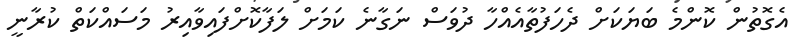
އެގޮތުން ކޮންމެ ބަޔަކަށް ދެހަފުތާއެއްހާ ދުވަސް ނަގާނެ ކަމަށް ލަފާކޮށްފައިވާއިރު މަސައްކަތް ކުރާނީ